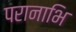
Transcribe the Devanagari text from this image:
परानाभि